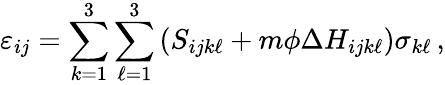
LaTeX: \varepsilon_{ij}=\sum_{k=1}^{3}\sum_{\ell=1}^{3}\left(S_{ijk\ell}+m\phi\Delta H_{ijk\ell}\right)\sigma_{k\ell}\, ,